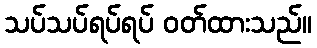
သပ်သပ်ရပ်ရပ် ဝတ်ထားသည်။